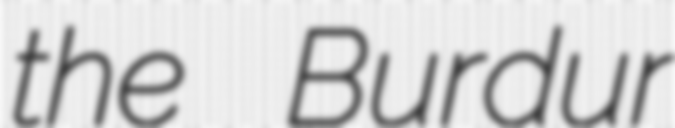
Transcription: the Burdur